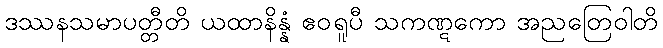
ဒဿနသမာပတ္တီတိ ယထာနိန္နံ ဧဝရူပီ သကဏ္ဋကော အညတြေဝါတိ